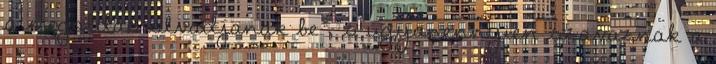
a megoldás olvadjanak be , s ugyanennyien szavaznak a